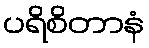
ပရိစိတာနံ